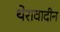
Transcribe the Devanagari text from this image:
थेरावादीन